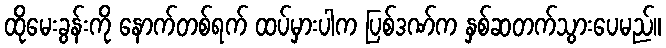
ထိုမေးခွန်းကို နောက်တစ်ရက် ထပ်မှားပါက ပြစ်ဒဏ်က နှစ်ဆတက်သွားပေမည်။